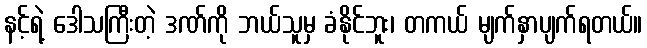
နင့်ရဲ့ ဒေါသကြီးတဲ့ ဒဏ်ကို ဘယ်သူမှ ခံနိုင်ဘူး၊ တကယ် မျက်နှာပျက်ရတယ်။